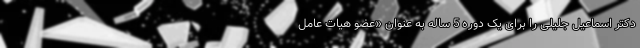
دکتر اسماعیل جلیلی را برای یک دوره 5 ساله به عنوان «عضو هیات عامل